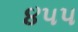
૪૫૫